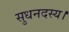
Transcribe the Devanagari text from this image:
सुधनदस्य।